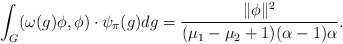
\begin{align*}\int_G(\omega(g)\phi,\phi) \cdot \psi_{\pi}(g)dg=\frac{\|\phi\|^2}{(\mu_1-\mu_2+1)(\alpha-1)\alpha}.\end{align*}